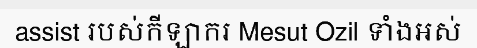
assist របស់កីឡាករ Mesut Ozil ទាំងអស់